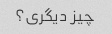
چیز دیگری؟